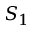
S _ { 1 }